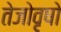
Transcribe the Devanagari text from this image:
तेजोवृषो